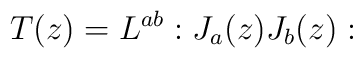
T(z)=L^{ab}:J_a(z) J_b(z):